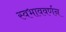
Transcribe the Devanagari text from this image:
स्वभाववर्णन